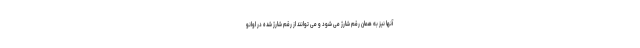
آنها نیز به همان رقم شارژ می شود و می توانند از رقم شارژ شده در اوانو